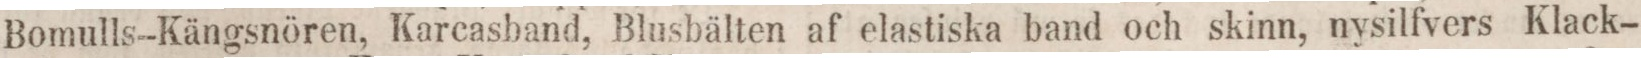
Bomulls-Kängsnören, Karcasband, Blusbälten af elastiska band och skinn, nysilfvers Klack-